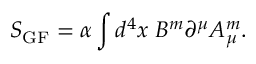
S _ { \mathrm { G F } } = \alpha \int d ^ { 4 } x \; B ^ { m } \partial ^ { \mu } A _ { \mu } ^ { m } .